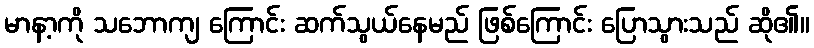
မာနာ့ကို သဘောကျ ကြောင်း ဆက်သွယ်နေမည် ဖြစ်ကြောင်း ပြောသွားသည် ဆို၏။